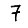
Digit: 7